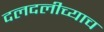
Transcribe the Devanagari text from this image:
दलदलीच्याच